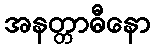
အနတ္တာဓီနော